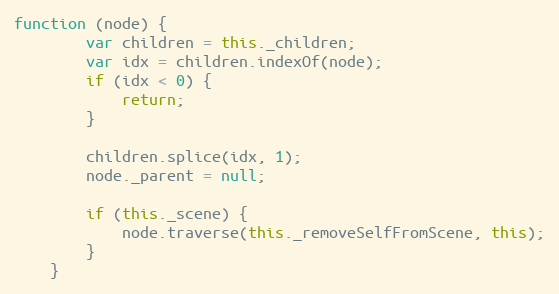
Language: JavaScript
function (node) {
        var children = this._children;
        var idx = children.indexOf(node);
        if (idx < 0) {
            return;
        }

        children.splice(idx, 1);
        node._parent = null;

        if (this._scene) {
            node.traverse(this._removeSelfFromScene, this);
        }
    }